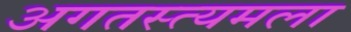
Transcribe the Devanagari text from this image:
अगतस्त्यमला